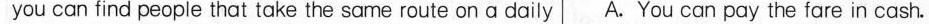
you can find people that take the sarne route on a daily A.You can pay the fare in cash.